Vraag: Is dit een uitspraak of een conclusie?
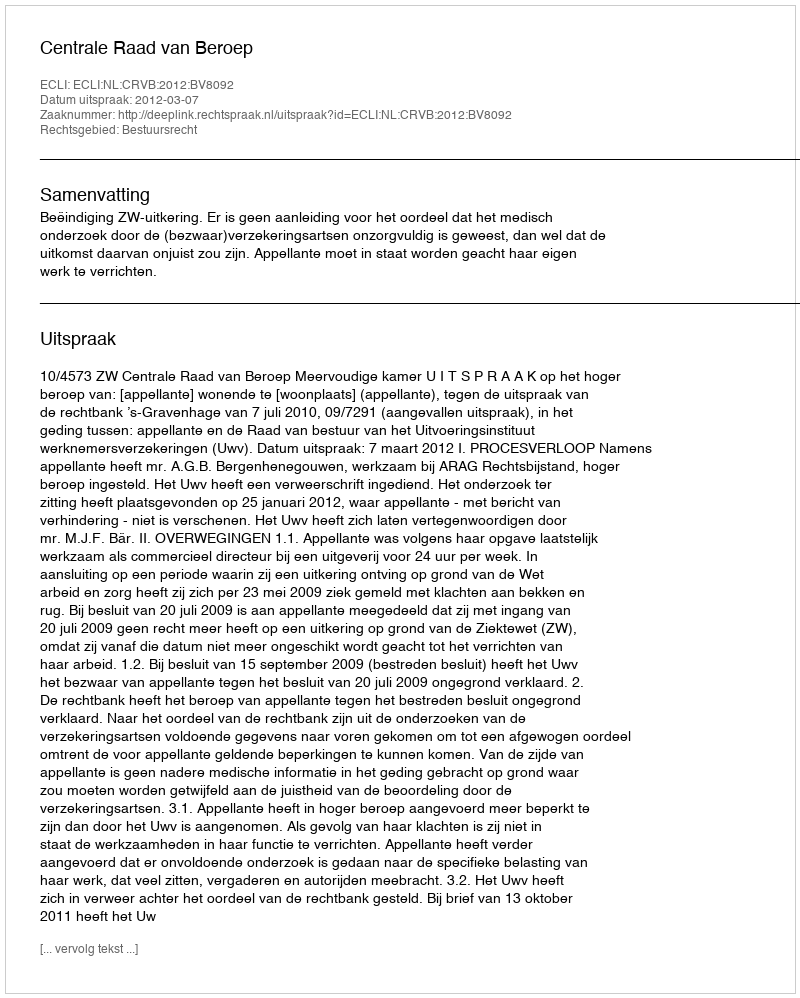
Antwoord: Uitspraak